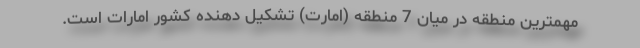
مهمترین منطقه در میان 7 منطقه (امارت) تشکیل دهنده کشور امارات است.